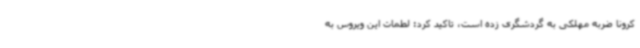
کرونا ضربه مهلکی به گردشگری زده است، تاکید کرد: لطمات این ویروس به